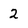
Character: 2